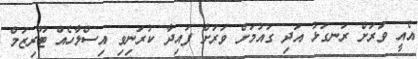
އެއީ ވަރަށް ރަނގަޅު އަދި ގައުމަށް ވަރަށް ފައިދާ ކުރަނިވި އިސްލާހެއް ޓޫރިޒަމް